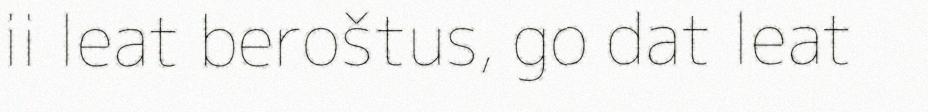
ii leat beroštus, go dat leat